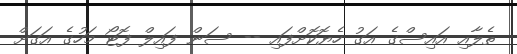
ތެލާއި އައިސްގެ އަގު ހެޔޮކޮށްފައި -- ސަން ފައިލް ފޮޓޯ މަހުގެ އަގަށް